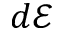
d \mathcal { E }